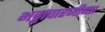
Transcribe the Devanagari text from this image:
भट्टाचारजीच्या